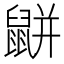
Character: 𪕒